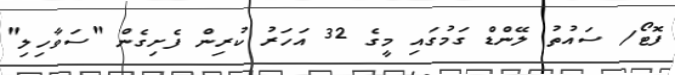
ފޮޓޯ/ ސައުތު ލޭންޑް ގަމުގައި މީގެ 32 އަހަރު ކުރިން ފެށިގެން "ސަވާހިލި"